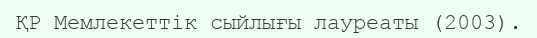
ҚР Мемлекеттік сыйлығы лауреаты (2003).